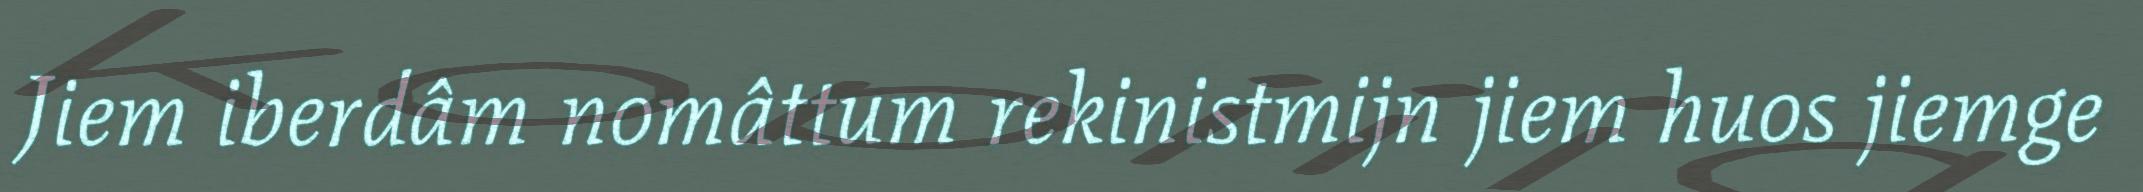
Jiem iberdâm nomâttum rekinistmijn jiem huos jiemge